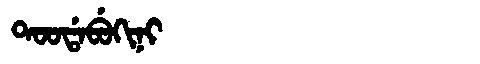
Manchu: ᡨᠣᠣᡩᠠᠪᡠᡴᡳᠨᡳ
Romanization: TOODABUKINI